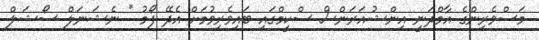
މަސްވެރިންގެ އާމްދަނީ އިންޝުއަރަންސް ސްކީމްގައި ބައިވެރިވުމަށް އެދޭ ފޯމު * ނެޝަނަލް ސޯޝަލް